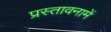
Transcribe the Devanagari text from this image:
प्रस्‍तावनामें